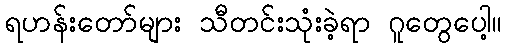
ရဟန်းတော်များ သီတင်းသုံးခဲ့ရာ ဂူတွေပေါ့။